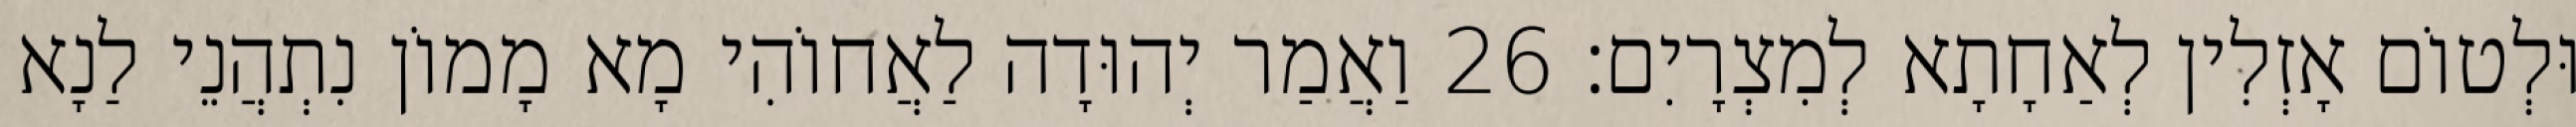
וּלְטוֹם אָזְלִין לְאַחָתָא לְמִצְרָיִם׃ 26 וַאֲמַר יְהוּדָה לַאֲחוֹהִי מָא מָמוֹן נִתְהֲנֵי לַנָא